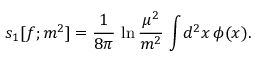
s _ { 1 } [ f ; m ^ { 2 } ] = { \frac { 1 } { 8 \pi } } \, \ln { \frac { \mu ^ { 2 } } { m ^ { 2 } } } \, \int \! d ^ { 2 } x \, \phi ( x ) .